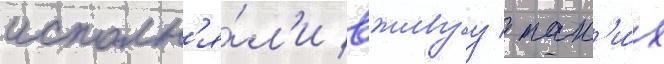
исполн'я́л'и вживуу / так'и́х